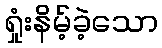
ရှုံးနိမ့်ခဲ့သော